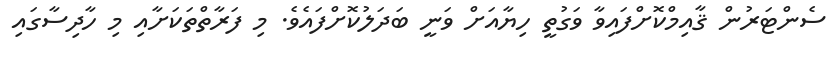
ސެންޓަރުން ޤާއިމްކޮށްފައިވާ ވަގުތީ ހިޔާއަށް ވަނީ ބަދަލުކޮށްފައެވެ. މި ފަރާތްތަކަށާއި މި ހާދިސާގައި